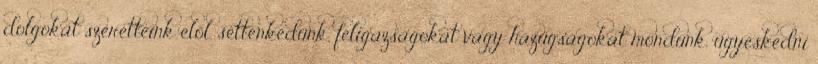
dolgokat szeretteink elől, settenkedünk, féligazságokat vagy hazugságokat mondunk, ügyeskedni